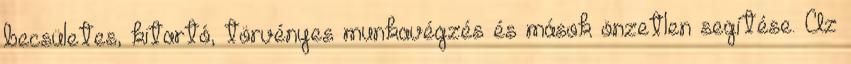
becsületes, kitartó, törvényes munkavégzés és mások önzetlen segítése. Az